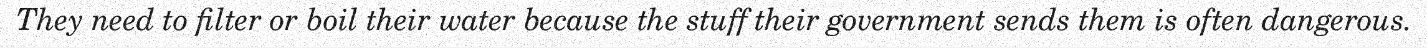
They need to filter or boil their water because the stuff their government sends them is often dangerous.